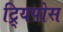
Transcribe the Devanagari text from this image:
ट्र्यिपोस